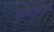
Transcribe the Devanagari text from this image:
ठेवण्यासारख्खा